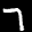
Label: 7